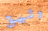
وثيق